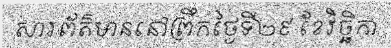
សារព័ត៌មាននៅព្រឹកថ្ងៃទី២៩ ខែវិច្ឆិកា